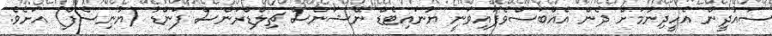
ސައުދީން އެހީދިނުމަށް ދެން އެއްބަސްވެފައިވަނީ ޔުނައިޓެޑް ނޭޝަންސް ޗިލްޑްރަންސް ފަންޑު (ޔުނިސެފް) އަށެވެ.